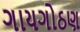
ગાયગોઠણ